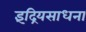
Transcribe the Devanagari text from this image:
इंद्रियसाधना